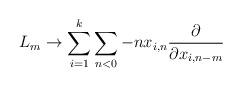
LaTeX: \begin{align*}L_m \rightarrow \sum^k_{i=1} \sum_{n < 0} -n x_{i,n} \frac{\partial}{\partial x_{i,n-m}}\end{align*}